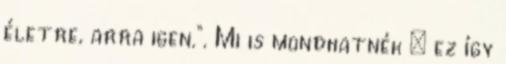
életre, arra igen.“. Mi is mondhatnék – ez így